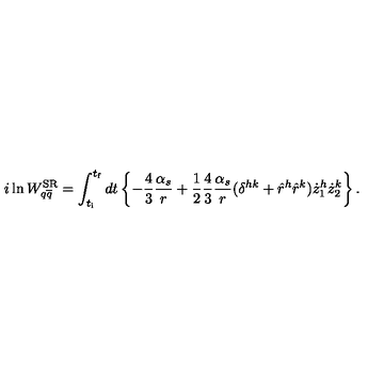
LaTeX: i \ln W _ { q \overline { { q } } } ^ { \mathrm { S R } } = \int _ { t _ { \mathrm { i } } } ^ { t _ { \mathrm { f } } } d t \left\{ - \frac { 4 } { 3 } \frac { \alpha _ { s } } { r } + \frac { 1 } { 2 } \frac { 4 } { 3 } \frac { \alpha _ { s } } { r } ( \delta ^ { h k } + \hat { r } ^ { h } \hat { r } ^ { k } ) \dot { z } _ { 1 } ^ { h } \dot { z } _ { 2 } ^ { k } \right\} .